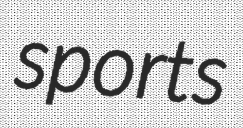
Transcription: sports